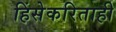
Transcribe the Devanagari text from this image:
हिंसेकरिताही